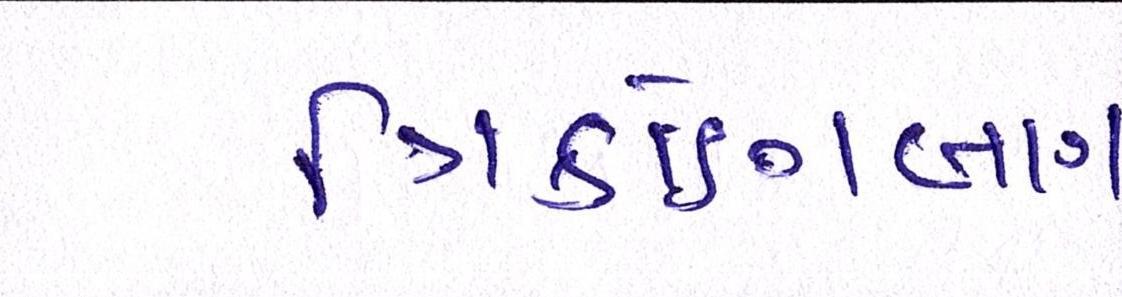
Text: ત્રિકોણબાગ